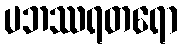
ပဘဿရတရော